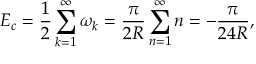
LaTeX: E _ { c } = \frac { 1 } { 2 } \sum _ { k = 1 } ^ { \infty } \omega _ { k } = \frac { \pi } { 2 R } \sum _ { n = 1 } ^ { \infty } n = - \frac { \pi } { 2 4 R } ,